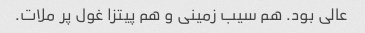
عالی بود. هم سیب زمینی و هم پیتزا غول پر ملات.